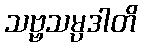
သဗ္ဗသမ္ပဒါတိ